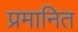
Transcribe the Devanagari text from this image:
प्रमानित